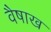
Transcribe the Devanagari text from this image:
वैषाख